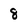
Character: 8